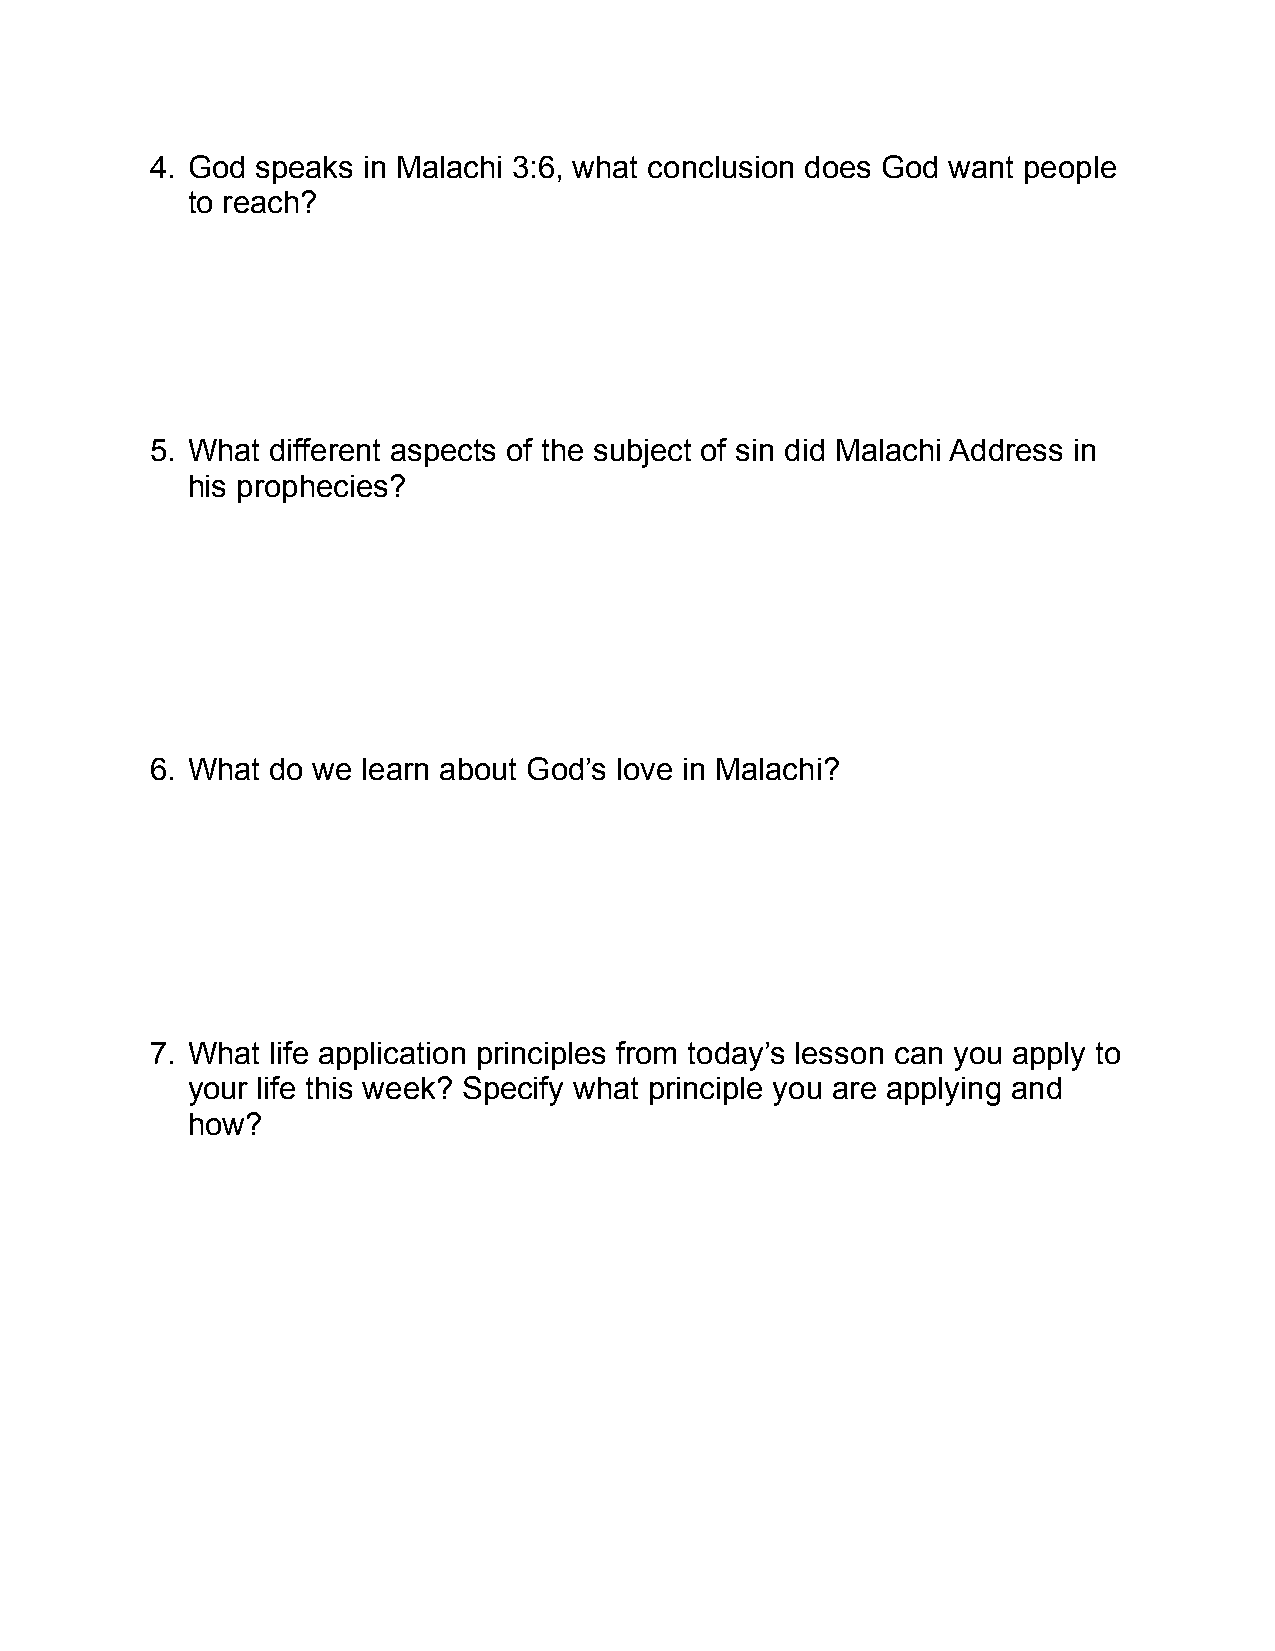
4. God speaks in Malachi 3:6, what conclusion does God want people
 to reach?
 5. What different aspects of the subject of sin did Malachi Address in
 his prophecies?
 6. What do we learn about God’s love in Malachi?
 7. What life application principles from today’s lesson can you apply to
 your life this week? Specify what principle you are applying and
 how?